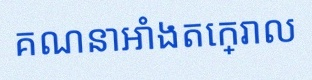
គណនាអាំងតេក្រាល